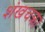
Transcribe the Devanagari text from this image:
शंखचक्रा